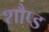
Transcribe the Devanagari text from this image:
शौप्ड